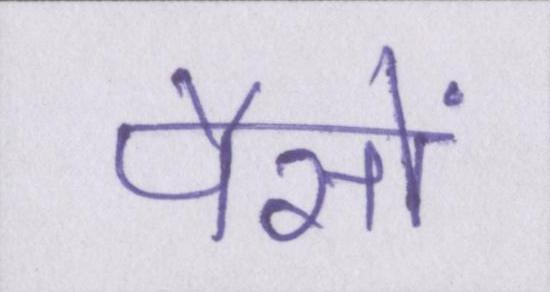
पैसों